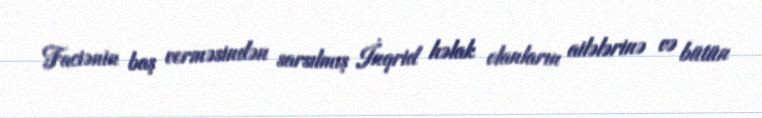
Faciənin baş verməsindən sarsılmış İnqrid həlak olanların ailələrinə və bütün